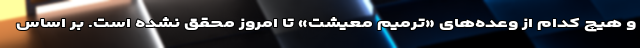
و هیچ کدام از وعده‌های «ترمیم معیشت» تا امروز محقق نشده است. بر اساس